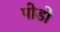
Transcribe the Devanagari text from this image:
पोडो